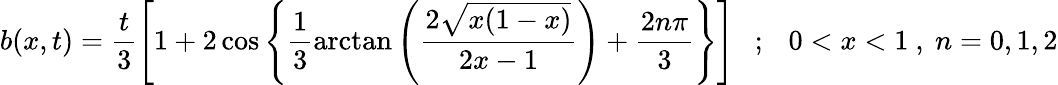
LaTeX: b(x,t)=\frac{t}{3}\left[1+2\cos\left\{ \frac{1}{3}\arctan\left(\frac{2\sqrt{x(1-x)}}{2x-1}\right)+\frac{2n\pi}{3}\right\} \right]~~~;~~~0<x<1~,~n=0,1,2